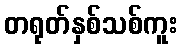
တရုတ်နှစ်သစ်ကူး